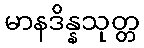
မာနဒိန္နသုတ္တ